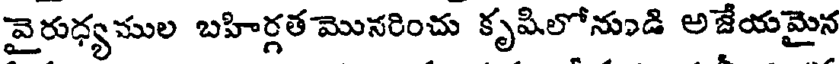
వైరుధ్యముల బహిర్గత మొనరించు కృషిలోనుడి అజేయమైన